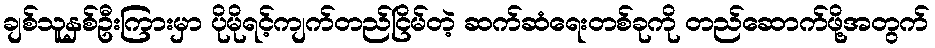
ချစ်သူနှစ်ဦးကြားမှာ ပိုမိုရင့်ကျက်တည်ငြိမ်တဲ့ ဆက်ဆံရေးတစ်ခုကို တည်ဆောက်ဖို့အတွက်